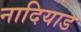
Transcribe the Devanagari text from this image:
नादियाड